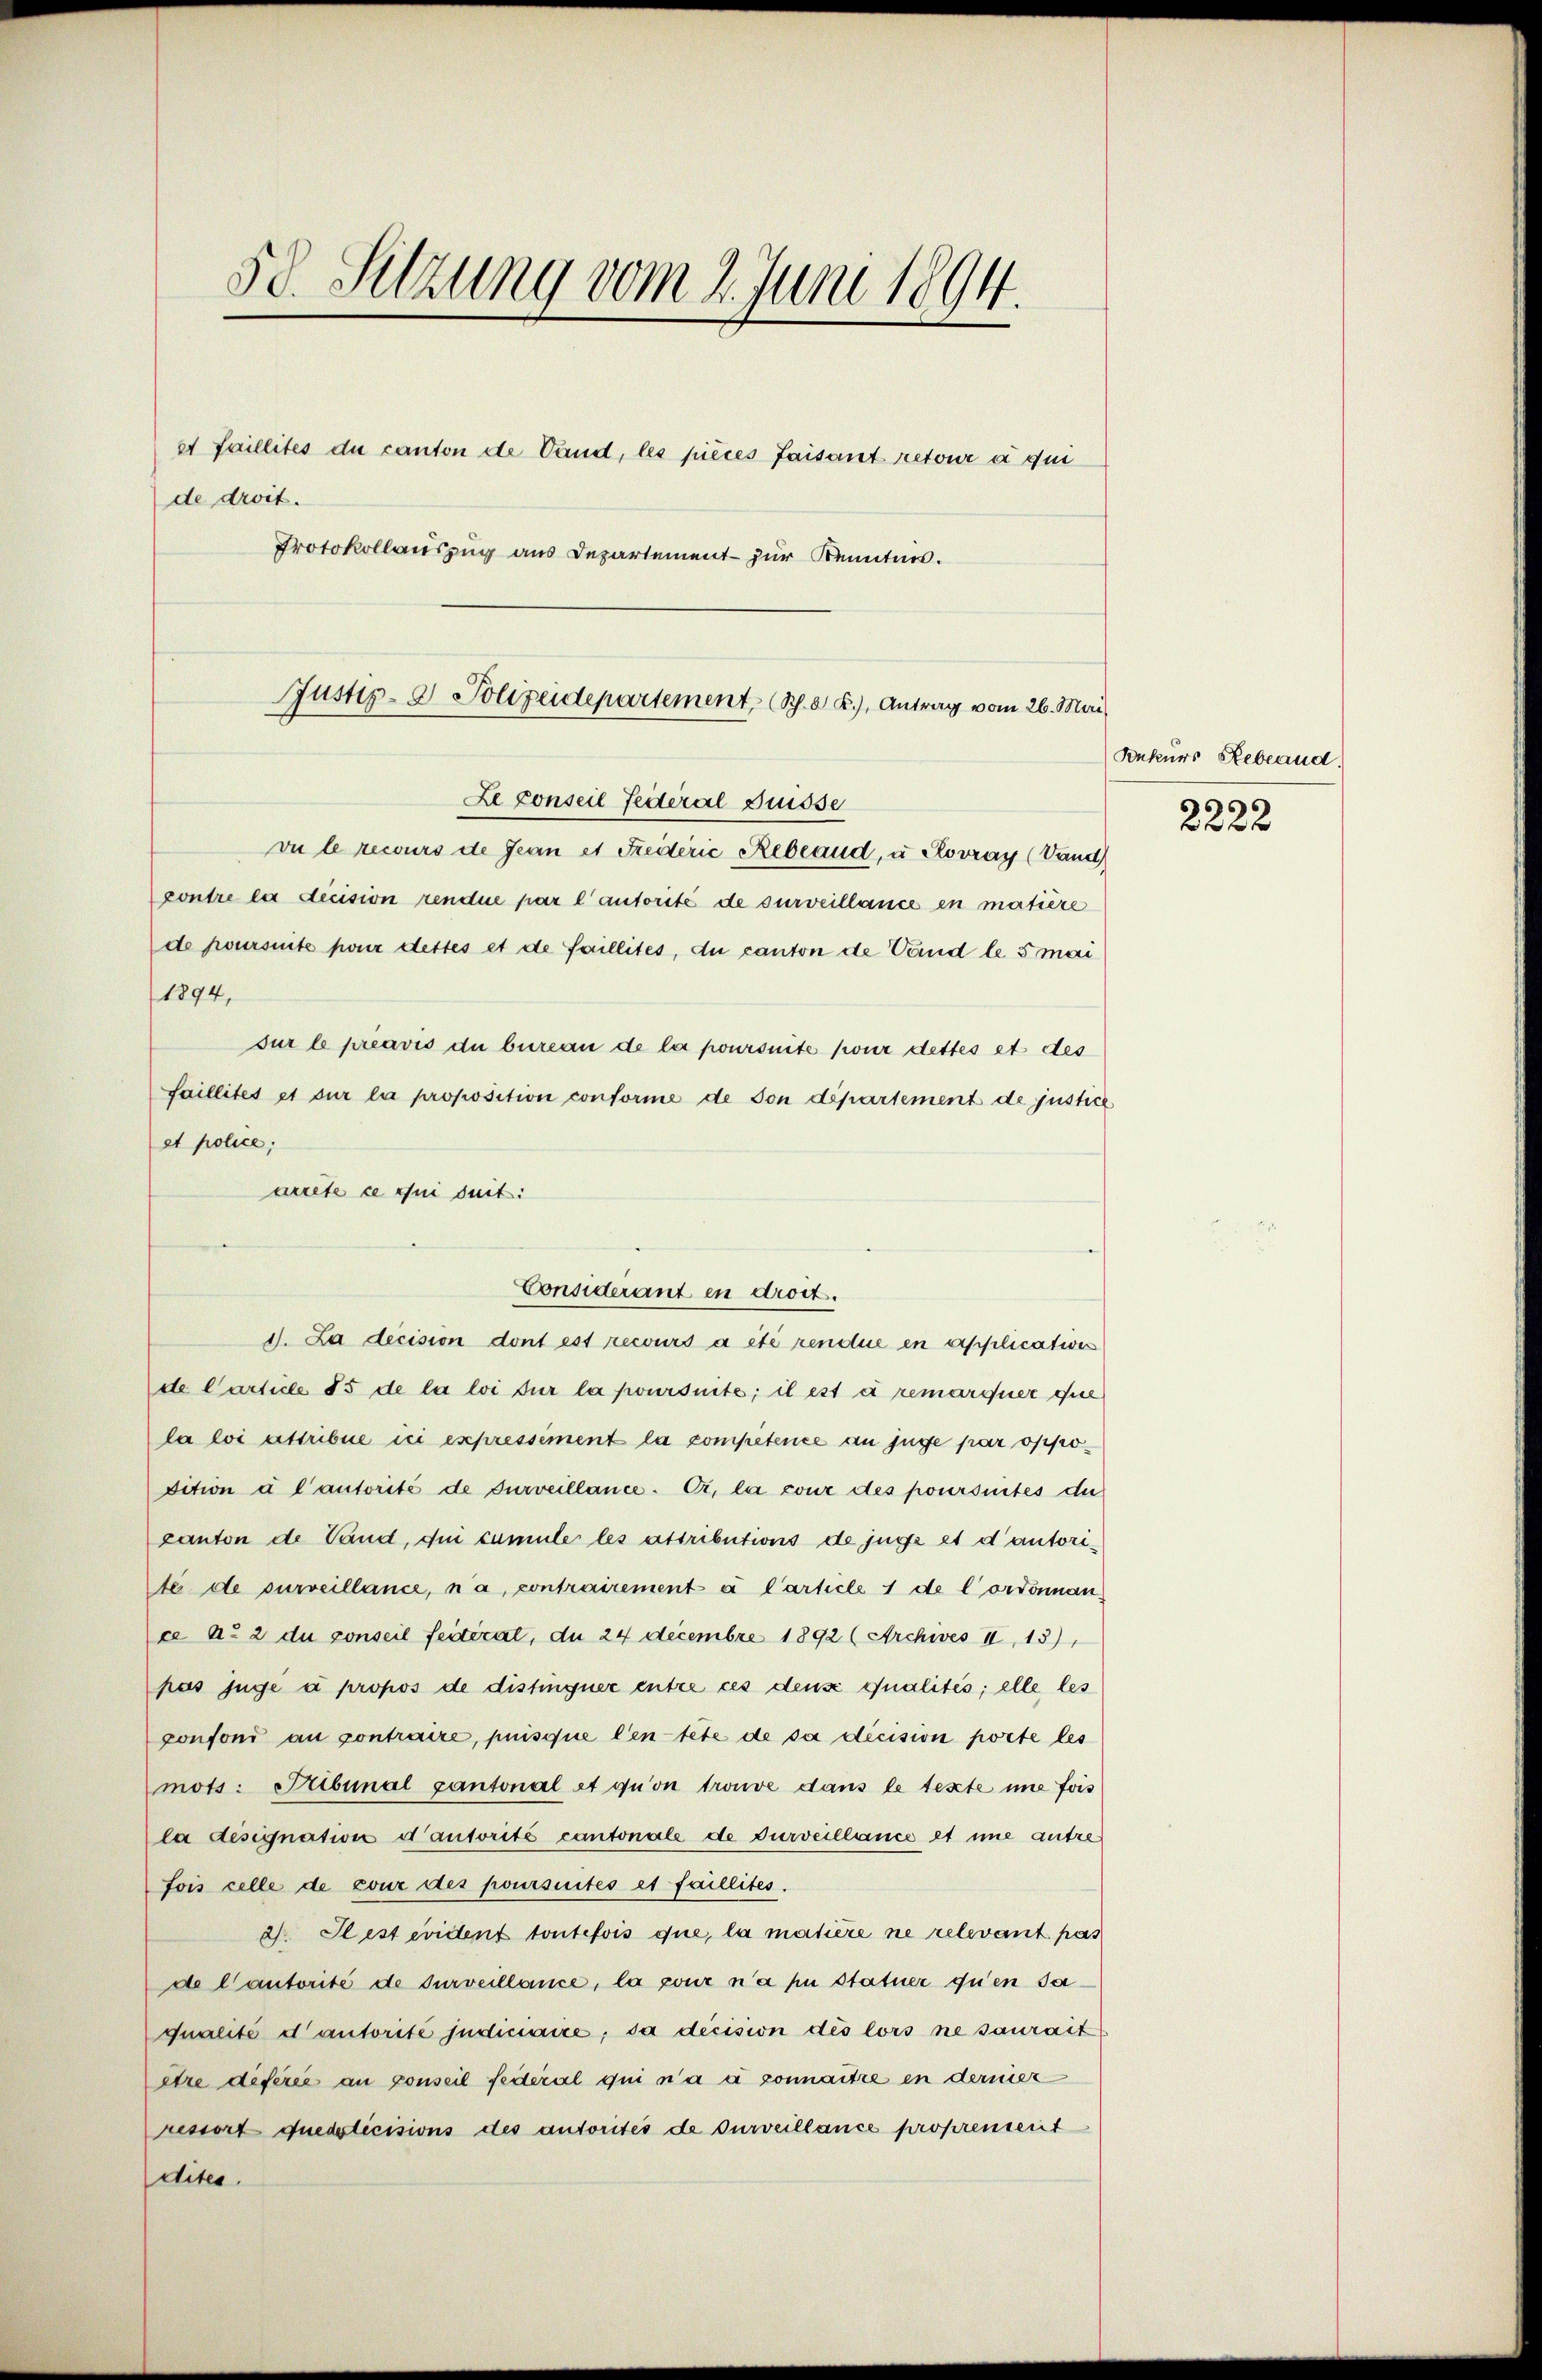
50. Setzung vom 2. Juni 1894.

et faillités du canton de Vand, les pièces faisant retour a qui
de droit.
Protokollauszug aus Departement zur Kenntnis.

Justiz- & Polizeidepartement, S. 8 f.), Antrag vom 26. Mai
Le conseil Federal Suisse

vu le recours de Jean et Freiderić Rebland, u Plovray (Vand)
contre la dicision rendue par l’autorité de surveillance en matière
de poursinte pour dettes et de faillites, du canton de Vand le 5 mai
1894,
sur le préavis du bureau de la poursuite pour dettes et des
faillités et sur la proposition conforme de son departement de justice
et police;
arrête ce qui suit:
J. La decision dont est recours à été rendue en applications
de Carticle 15 de la loi sur la poursuite; il est à remarquer ohne
la loi astribue ici expressément la competence an juge par oppodition à l’autorité de surveillance. Or, la cour des poursuites du
canton de Vand, dei cumule les attributions de juge et d’autorite de surveillance, na, contrairement à l’article 1 de l’ordonnan
ce A. 2 du conseil feiterat, du 24 Decembre 1892 (Archives II 13)
pus juge à propos de distinquer entre ces densi qualités; elle les
ponfoni au contraire, puisque leitete de sa dicision porte les
mots: Tribunal Cantonal et quon trouve dans le texte une fois
la désignation d’autorité cantonale de Durveillance et imme autrefois celle de pour des poursuites et faillites.
. Il est évident toutefois que, la matière ne relevant pas
de l’autorité de surveillance, la pour n’a pu statuer qu’en Jaqualité d’autorité judiciaire, da decision des lors ne saurait
être deferie an conseil federal qui n’a a connaitre in dermer
ressort quedoticisions des autorités de surveillance proprenserit
dites.

Considerant in droit.

Rekurs Rebland.
2222